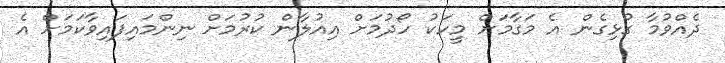
ދެއްވުމާ ގުޅިގެން އެ މަގާމަށް މީހަކު ހޯދުމަށް އިއުލާން ކުރުމަށް ނިންމައިފައިވާކަމަށް އެ